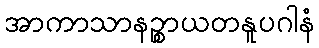
အာကာသာနဉ္စာယတနူပဂါနံ